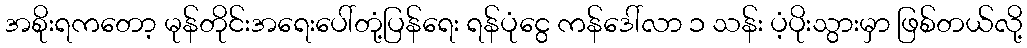
အစိုးရကတော့ မုန်တိုင်းအရေးပေါ်တုံ့ပြန်ရေး ရန်ပုံငွေ ကန်ဒေါ်လာ ၁ သန်း ပံ့ပိုးသွားမှာ ဖြစ်တယ်လို့